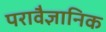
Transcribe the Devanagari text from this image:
परावैज्ञानिक